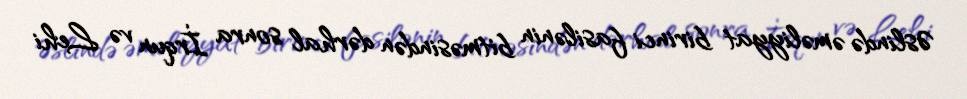
Əslində əməliyyat birinci fasilənin bitməsindən dərhal sonra İrqun və Lehi